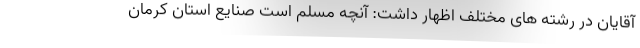
آقایان در رشته های مختلف اظهار داشت: آنچه مسلم است صنایع استان کرمان